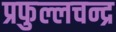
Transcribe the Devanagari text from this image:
प्रफुल्लचन्द्र